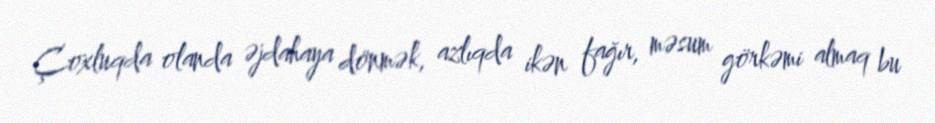
Çoxluqda olanda əjdahaya dönmək, azlıqda ikən fağır, məsum görkəmi almaq bu